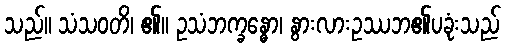
သည်။ သံသဝတိ၊ ၏။ ဥသံဘက္ခန္ဓော၊ နွားလားဥဿဘ၏ပခုံးသည်